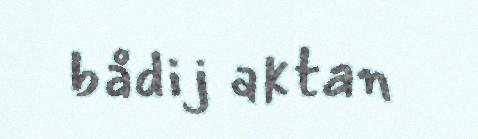
bådij aktan